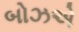
બોઝએ